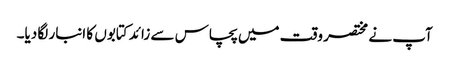
آپ نے مختصر وقت میں پچاس سے زائد کتابوں کا انبار لگا دیا۔